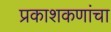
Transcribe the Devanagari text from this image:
प्रकाशकणांचा